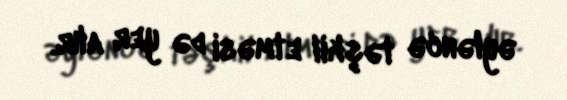
əyləncə təşkil etməsi də yer alır.